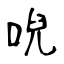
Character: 唲